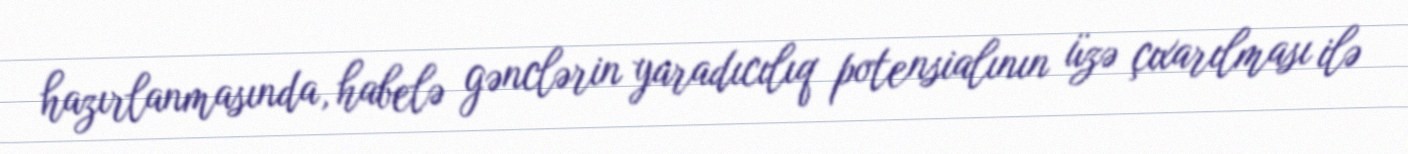
hazırlanmasında, habelə gənclərin yaradıcılıq potensialının üzə çıxarılması ilə